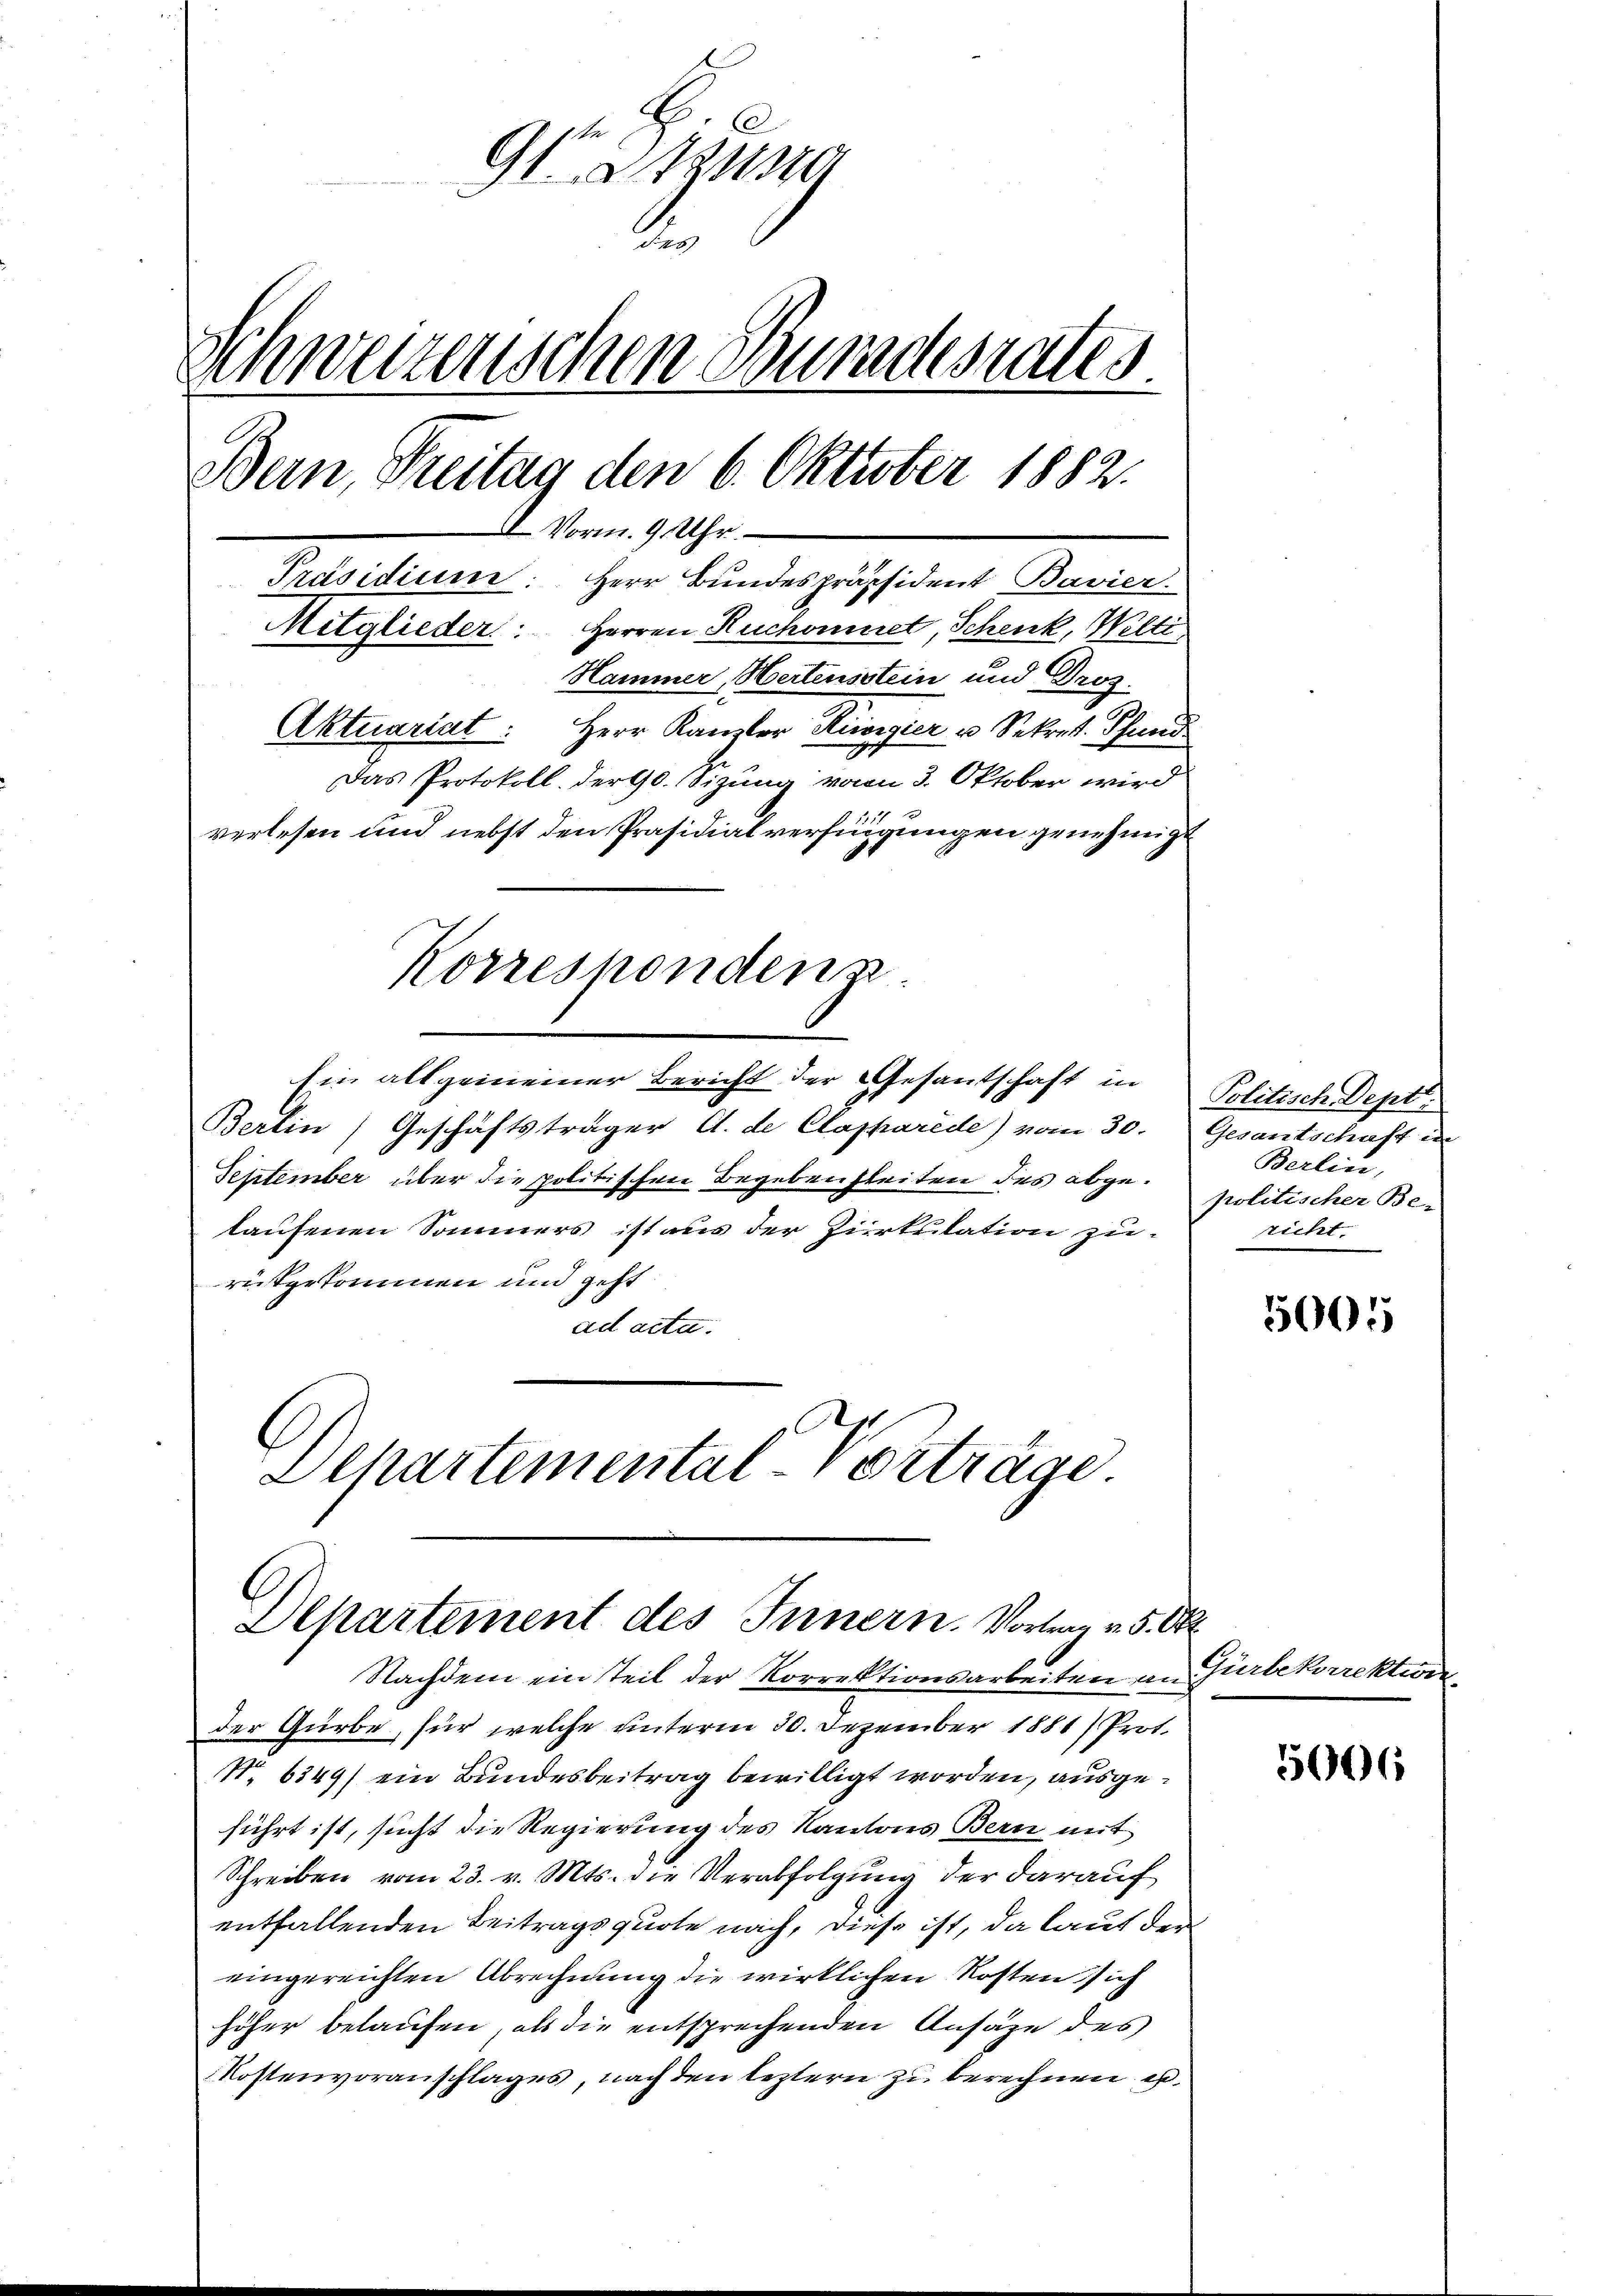
9t Sitzung
.
Schweizerischen Bundesrates
Bein Freitag den 6. Oktober 1882.
I Vorm. 9. Uhr.
Präsidium: Herr Bundespräsident Bavier.
Mitglieder: Herren Ruchomniret, Schenk, Welti,
Hammer, Hertensstein und Gros
Aktuariat: Herr Kamler Reorgier u Sekret Pfund
Das Protokoll. Dergl. Sizung von 3. Oktober wird
verlesen und nebst den Präsidialverfügungen genehmigt

Korrespondenz
Ein allgemeiner Bericht der Gesantschaft in

Bertin Geschäftsträger A. de Clapparede) vom 30.
September über die politischen Begebensleiten des abgelaufenen Sommers ist aus der Zirkulation zu-
rutgekommen und geht
ad acta.
Dchartemental-Vorträge.

Departement des Innern. Vortrag v. 5. Okt

Nachdem ein teil der Korrektionsarbeiten an
der Gürbe, für welche unterm 30. Dezember 1881) Prot.
No 6349) ein Bundesbeitrag bewilligt worden, ausgeführt ist, sucht die Regierung des Kantons Bern mit
Schreiben vom 23. v. Mts. die Verabfolgung der darauf
entfallenden Beitragsquote nach, diese ist, da laut den
eingereichten Abrechnung die wirklichen Kosten sich
höher belaufen, als die entsprechenden Ansätze des
Kostenvoranschlages, nach den leztern zu berechnen u.

Politisch Dept
Gesantschaft in
Berlin,
politischer Be-
richt

5005

Gürbekorrektion

5006